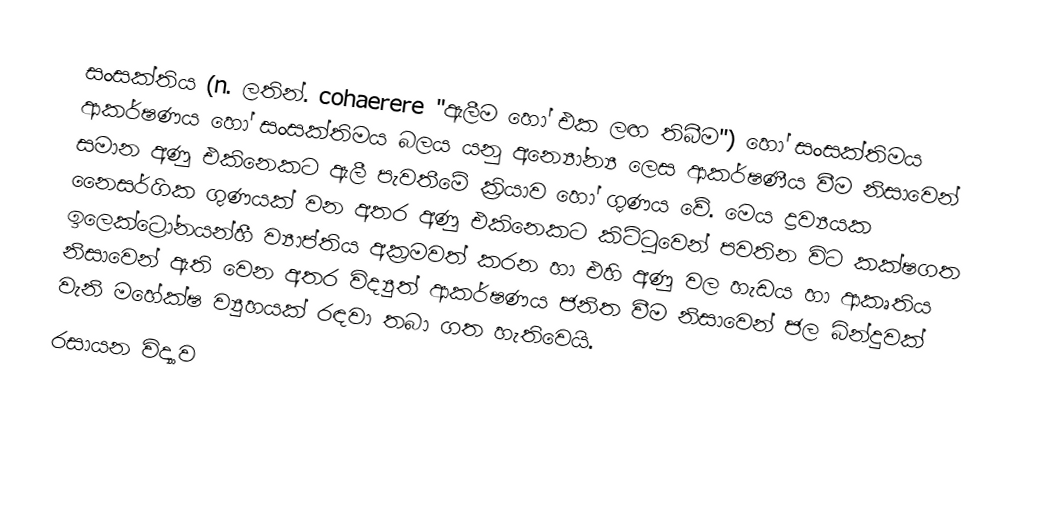
සංසක්තිය (n. ලතින්. cohaerere "ඇලීම හෝ එක ලඟ තිබීම")  හෝ සංසක්තිමය ආකර්ෂණය හෝ සංසක්තිමය බලය යනු අන්‍යෝන්‍ය ලෙස ආකර්ෂණීය වීම නිසාවෙන්  සමාන අණු එකිනෙකට ඇලී පැවතීමේ ක්‍රියාව හෝ ගුණය වේ. මෙය ද්‍රව්‍යයක නෛසර්ගික ගුණයක් වන අතර  අණු එකිනෙකට කිට්ටුවෙන් පවතින විට කක්ෂගත ඉලෙක්ට්‍රෝනයන්හී ව්‍යාප්තිය අක්‍රමවත් කරන හා  එහි අණු වල හැඩය හා ආකෘතිය නිසාවෙන් ඇති වෙන අතර  විද්‍යුත් ආකර්ෂණය ජනිත වීම නිසාවෙන්  ජල බින්දුවක් වැනි මහේක්ෂ ව්‍යුහයක් රඳවා තබා ගත හැතිවෙයි.
රසායන විද්‍යාව